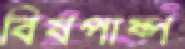
বিষপাষ্প